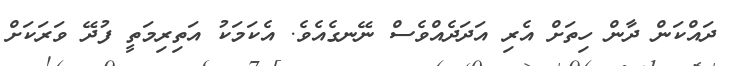
ދައްކަން ދާން ހިތަށް އެރި އަދަދެއްވެސް ނޭނގެއެވެ. އެކަމަކު އަތިރިމަތީ ފުދޭ ވަރަކަށް